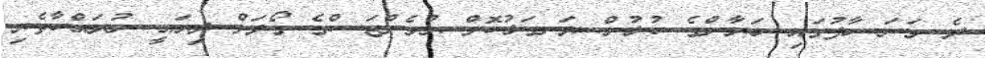
ދެ ވަނަ ހާފުގައި ބަޔާންގެ ކުޅުން ރަނގަޅުކޮށް ޔުވެންޓަސްގެ ގޯލަށް ދިޔައީ ނުރައްކާތެރި